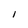
Character: I